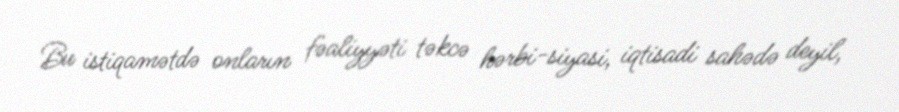
Bu istiqamətdə onların fəaliyyəti təkcə hərbi-siyasi, iqtisadi sahədə deyil,